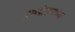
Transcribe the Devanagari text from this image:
पुरूषोत्तमाच्या